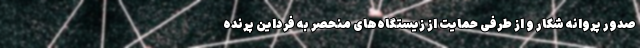
صدور پروانه شکار و از طرفی حمایت از زیستگاه‌های منحصر به فرداین پرنده